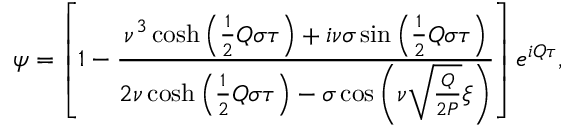
\psi = \left[ 1 - \frac { \nu ^ { 3 } \cosh \left( \frac { 1 } { 2 } Q \sigma \tau \right) + i \nu \sigma \sin \left( \frac { 1 } { 2 } Q \sigma \tau \right) } { 2 \nu \cosh \left( \frac { 1 } { 2 } Q \sigma \tau \right) - \sigma \cos \left( \nu \sqrt { \frac { Q } { 2 P } } \xi \right) } \right] e ^ { i Q \tau } ,